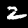
Digit: 2